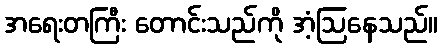
အရေးတကြီး တောင်းသည်ကို အံ့ဩနေသည်။